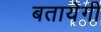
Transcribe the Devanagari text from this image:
बतायेगी